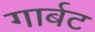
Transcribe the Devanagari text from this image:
गार्बट